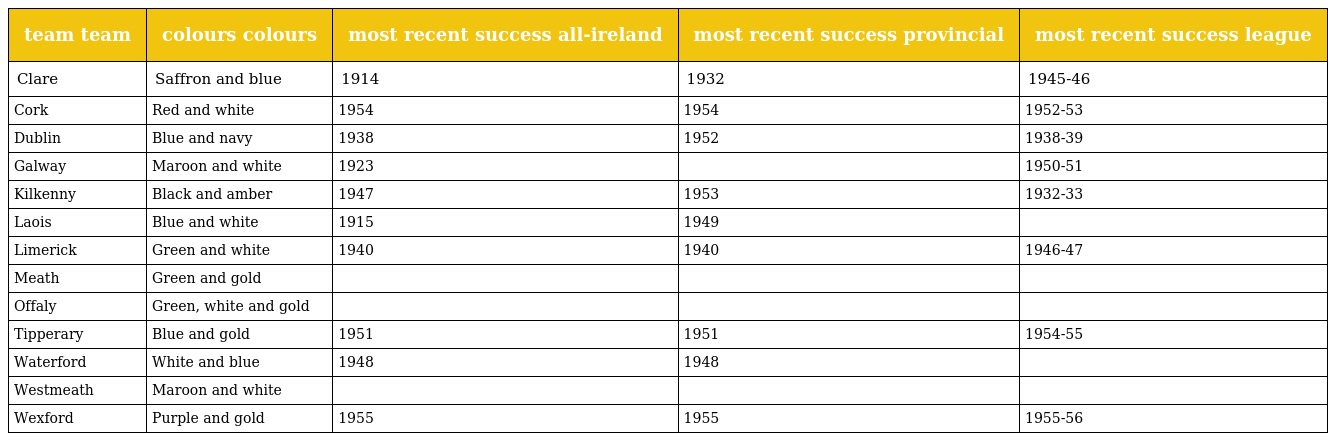
| team team | colours colours | most recent success all-ireland | most recent success provincial | most recent success league |
 | --- | --- | --- | --- | --- |
 | Clare | Saffron and blue | 1914 | 1932 | 1945-46 |
 | Cork | Red and white | 1954 | 1954 | 1952-53 |
 | Dublin | Blue and navy | 1938 | 1952 | 1938-39 |
 | Galway | Maroon and white | 1923 |  | 1950-51 |
 | Kilkenny | Black and amber | 1947 | 1953 | 1932-33 |
 | Laois | Blue and white | 1915 | 1949 |  |
 | Limerick | Green and white | 1940 | 1940 | 1946-47 |
 | Meath | Green and gold |  |  |  |
 | Offaly | Green, white and gold |  |  |  |
 | Tipperary | Blue and gold | 1951 | 1951 | 1954-55 |
 | Waterford | White and blue | 1948 | 1948 |  |
 | Westmeath | Maroon and white |  |  |  |
 | Wexford | Purple and gold | 1955 | 1955 | 1955-56 |